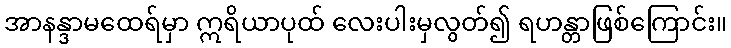
အာနန္ဒာမထေရ်မှာ ဣရိယာပုထ် လေးပါးမှလွတ်၍ ရဟန္တာဖြစ်ကြောင်း။